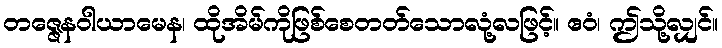
တဇ္ဇေနဝါယာမေန၊ ထိုအိမ်ကိုဖြစ်စေတတ်သောလုံ့လဖြင့်။ ဧဝံ၊ ဤသို့လျှင်။